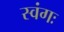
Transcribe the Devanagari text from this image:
स्वंगः